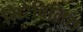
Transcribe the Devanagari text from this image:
मिरैबिलिस